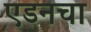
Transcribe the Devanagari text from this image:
एडनचा